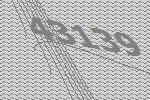
43139